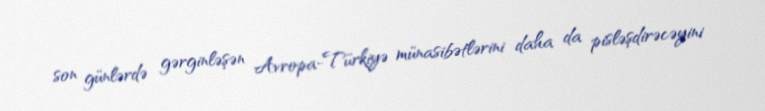
son günlərdə gərginləşən Avropa-Türkiyə münasibətlərini daha da pisləşdirəcəyini